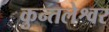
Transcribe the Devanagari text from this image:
कुन्तलेश्वर